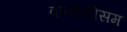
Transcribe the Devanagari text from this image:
वायोलीसम